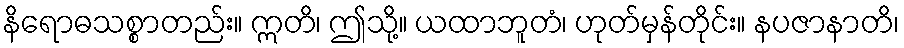
နိရောဓသစ္စာတည်း။ ဣတိ၊ ဤသို့။ ယထာဘူတံ၊ ဟုတ်မှန်တိုင်း။ နပဇာနာတိ၊